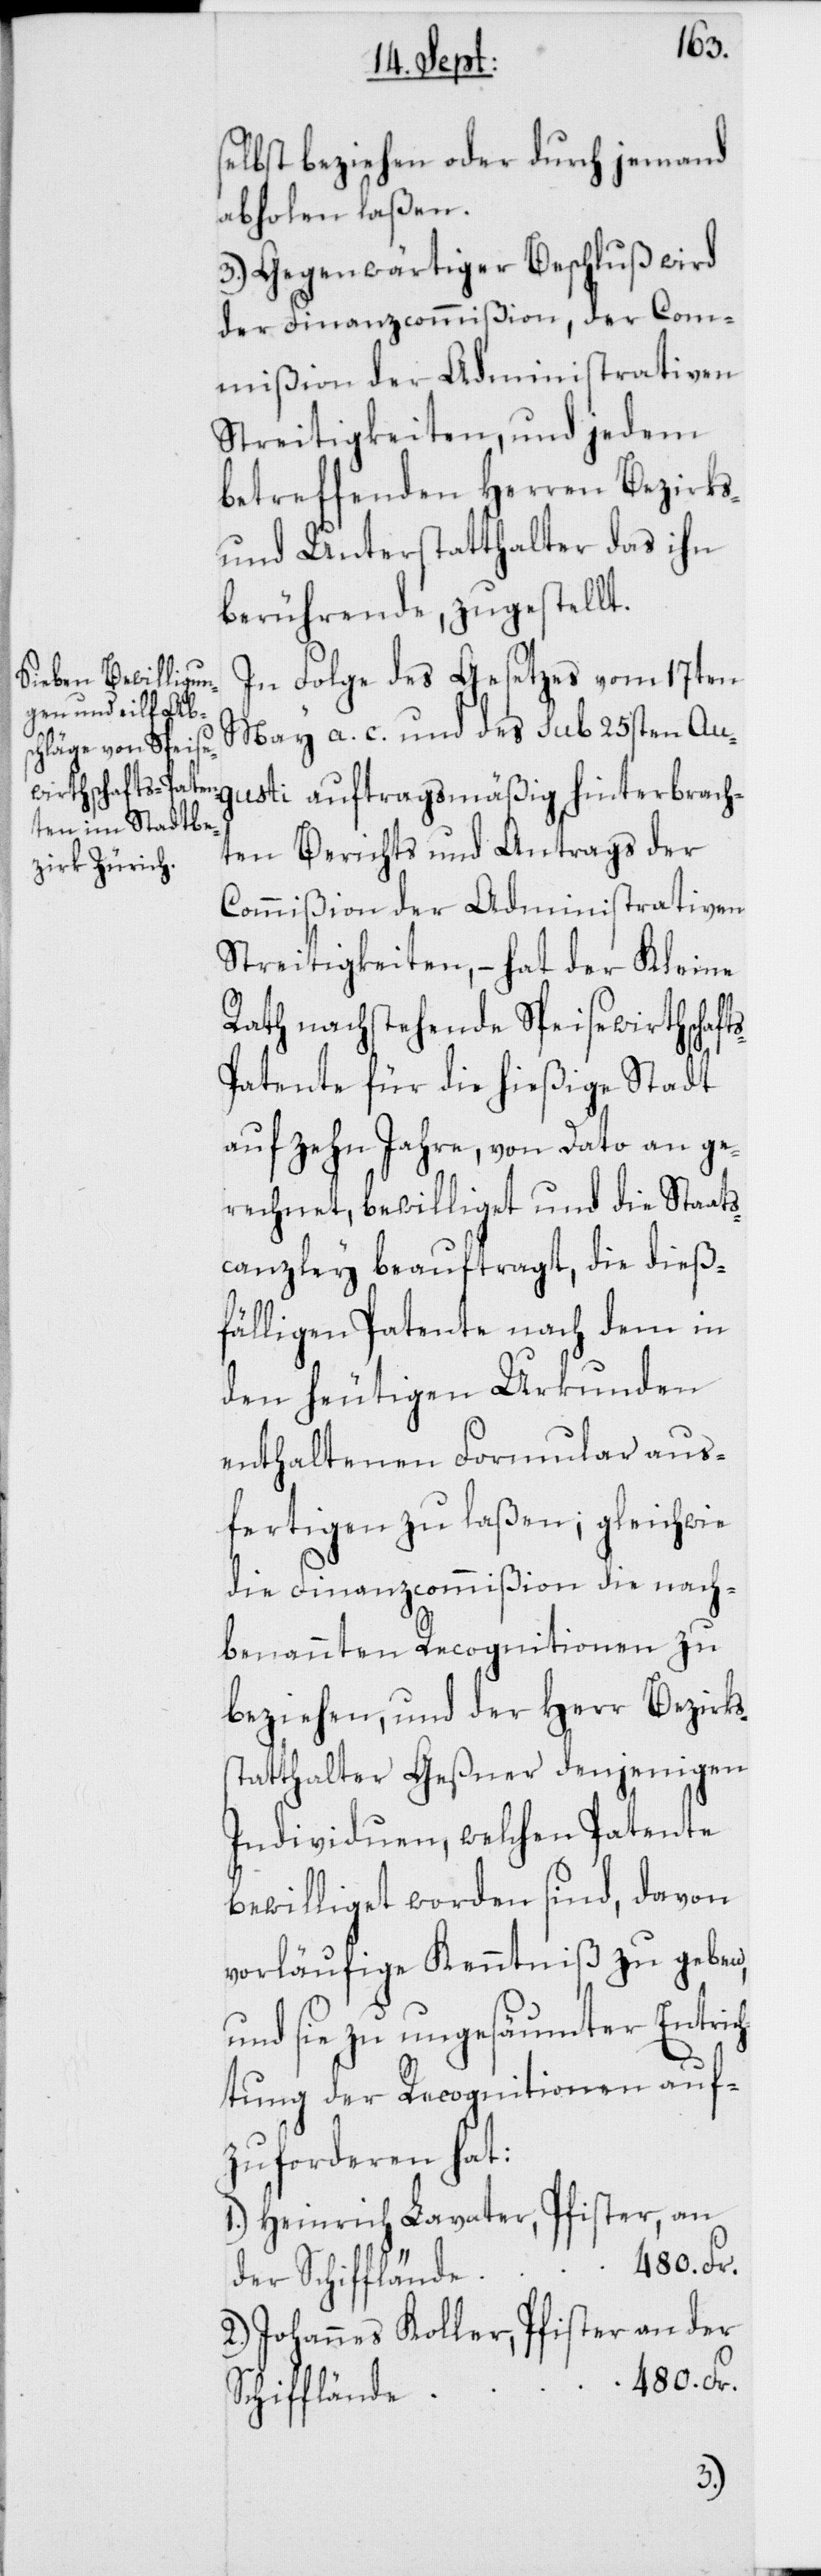
selbst beziehen oder durch jemand
abholen laßen.
3.) Gegenwärtiger Beschluß wird
der Finanzcommißion, der Com¬
mißion der Administrativen
Streitigkeiten, und jedem
betreffenden Herren Bezirks-
und Unterstatthalter das ihn
berührende, zugestellt.
In Folge des Gesetzes vom 17ten
May a. c. und des sub 25sten Au¬
gusti auftragsmäßig hinterbrach¬
ten Berichts und Antrags der
Commißion der Administrativen
Streitigkeiten, – hat der Kleine
Rath nachstehende Speisewirthschaft¬
atente für die hießige Stadt
auf zehn Jahre, von Dato an ge¬
rechnet, bewilliget und die Staats¬
canzley beauftragt, die dieß¬
fälligen Patente nach dem in
den heutigen Urkunden
enthaltenen Formular aus¬
fertigen zu laßen; gleichwie
die Finanzcommißion die nach¬
benannten Recognitionen zu
beziehen, und der Herr Bezirks¬
statthalter Geßner denjenigen
Individuen, welchen Patente
bewilliget worden sind, davon
vorläufige Kenntniß zu geben,
und sie zu ungesäumter Entric¬
htung der Recognitionen auf¬
zuforderen hat:
1.) Heinrich Lavater, Pfister, an
der Schifflände, 480. Fr.
2.) Johannes Koller, Pfister, an der
480. Fr.
Schifflände
s-P¬